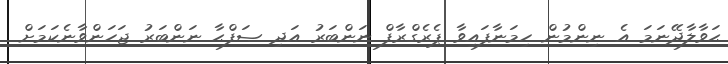
ޙަވާލާދޭނަމަ އެ ނިންމުން ހިމަނާފައިވާ ޕެރެގްރާފް ނަންބަރު އަދި ޞަފްޙާ ނަންބަރު ޖަހަންވާނެކަމަށް